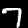
Label: 7